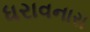
ધરાવનારા